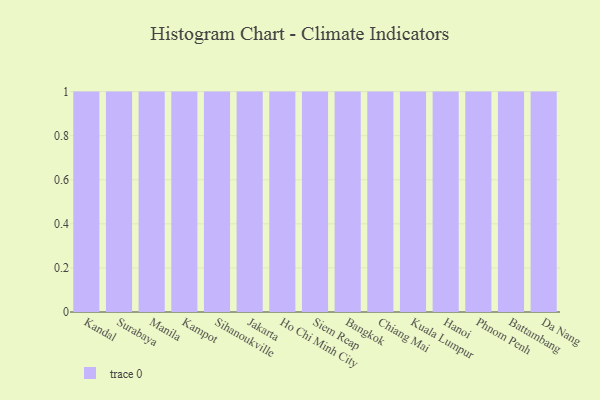
{"axis": {"x": "City", "y": "Revenue (USD Million)"}, "legend": [""], "data": [{"x": "Kandal", "y": 75, "type": ""}, {"x": "Surabaya", "y": 1, "type": ""}, {"x": "Manila", "y": 62, "type": ""}, {"x": "Kampot", "y": 19, "type": ""}, {"x": "Sihanoukville", "y": 79, "type": ""}, {"x": "Jakarta", "y": 51, "type": ""}, {"x": "Ho Chi Minh City", "y": 80, "type": ""}, {"x": "Siem Reap", "y": 98, "type": ""}, {"x": "Bangkok", "y": 13, "type": ""}, {"x": "Chiang Mai", "y": 19, "type": ""}, {"x": "Kuala Lumpur", "y": 20, "type": ""}, {"x": "Hanoi", "y": 83, "type": ""}, {"x": "Phnom Penh", "y": 30, "type": ""}, {"x": "Battambang", "y": 38, "type": ""}, {"x": "Da Nang", "y": 80, "type": ""}]}